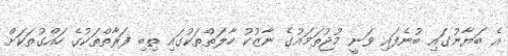
އެ ބަޔާނުގައި ބުނެފައި ވަނީ މުޖުތަމައުގެ ނާޒުކު ހާލަތްތަކުގައި ތިބި ފަރާތްތަކުގެ ހައްގުތަކަށް